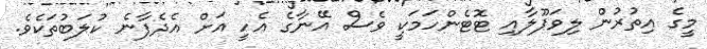
މީގެ އިތުރުން ލިވަޕޫލާއި ޓޮޓެންހަމަކީ ވެސް އޭނާގެ އެހީ އަށް އެދެފާނެ ކުލަބުތަކެވެ.